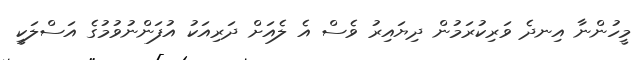
މީހުންނާ އިނދެ ވަރިކުރަމުން ދިޔައިރު ވެސް އެ ލެއަށް ދަރިއަކު އުފަންނުވުމުގެ އަސްލަކީ